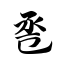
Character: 卺